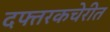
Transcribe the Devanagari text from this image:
दफ्तरकचेरीत